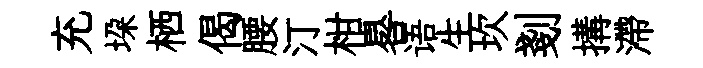
充垜栖偈腰汀柑晷语生坎剗搆滯